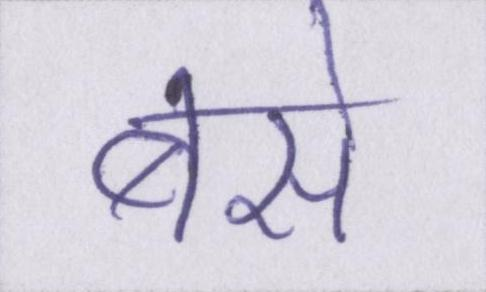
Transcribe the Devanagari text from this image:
बसे